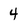
Character: 4